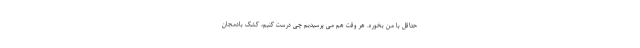
حداقل با من بخوره. هر وقت هم می پرسیدیم چی درست کنیم، کشک بادمجان